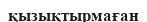
қызықтырмаған